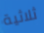
ثلاثية